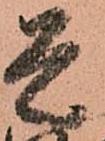
是